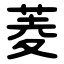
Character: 菱